Report on vaccination in Madras 1922-1929 - 1922-1929
Year: 1922
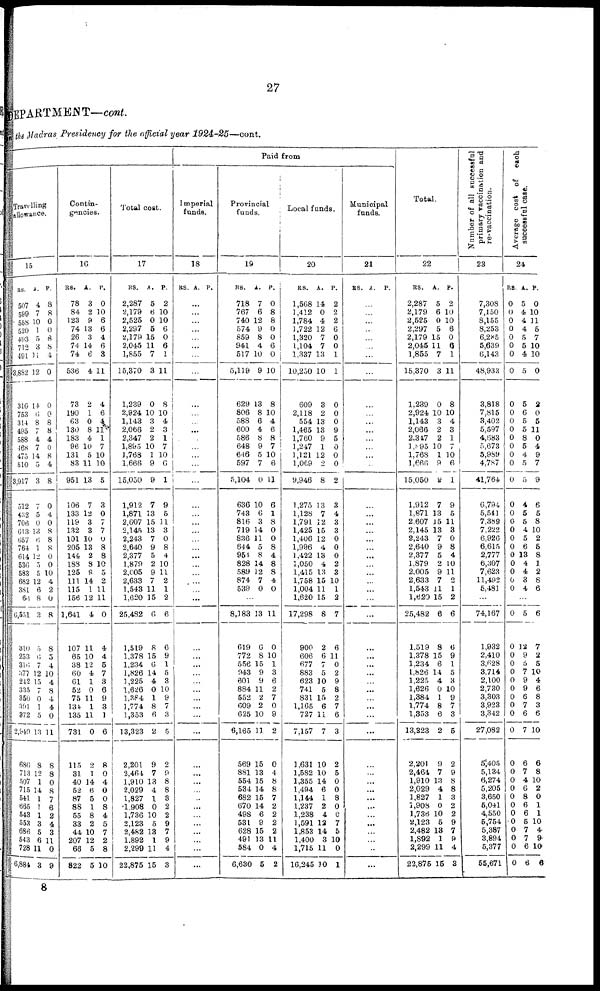
27
DEPARTMENT—cont.
in the Madras Presidency for the official year 1924-25—cont.
Travelling
allowance.
15
RS.
507
599
558
520
493
712
491
3,882
310
753
314
495
588
468
475
510
3,917
512
432
706
613
657
764
614
536
583
682
381
66
6,551
310
253
316
377
242
335
350
391
372
2949
680
713
507
715
541
665
543
553
686
543
728
6,884
A.
4
7
10
1
5
3
11
12
14
6
8
7
4
7
14
5
3
7
5
0
13
6
1
12
5
5
12
6
8
3
5
6
7
12
15
7
0
1
5
13
8
12
1
14
1
1
1
3
5
6
11
3
P.
8
8
0
0
8
8
4
0
0
0
8
8
4
0
8
4
8
0
4
0
8
8
8
0
0
10
4
2
0
8
8
5
4
10
4
8
4
4
0
11
8
8
0
8
7
6
2
4
3
11
0
9
Contin-
gencies.
16
RS.
78
84
123
74
26
74
74
538
73
190
63
130
183
96
131
83
951
106
133
119
132
101
205
144
188
125
111
115
156
1,641
107
65
38
60
61
52
75
134
135
731
115
31
40
52
87
88
55
33
44
207
66
822
A.
3
2
9
13
3
14
6
4
2
1
0
8
4
10
5
11
13
7
12
3
3
10
13
2
8
9
14
1
12
4
11
10
12
4
1
0
11
1
11
0
2
1
14
6
5
1
8
2
10
12
5
5
P.
0
10
6
6
4
6
3
11
4
6
1
11
1
7
10
10
5
3
0
7
7
0
8
8
10
5
2
11
11
0
4
4
5
7
3
6
9
3
1
6
8
0
4
0
0
8
4
5
7
2
8
10
Total cost.
17
RS.
2,287
2,179
2,525
2,297
2,179
2,045
1,855
15,370
1,239
2,924
1,143
2,068
2,347
1,895
1,768
1,666
15,050
1,912
1,871
2,607
2,145
2,243
2,640
2,377
1,879
2,006
2,633
1,543
1,620
25,482
1,519
1,378
1,234
1,826
1,225
1,626
1,384
1,774
1,353
13,323
2,201
2,464
1,910
2,029
1,827
1,908
1,736
2,123
2,482
1,892
2,299
22,875
A.
5
6
0
5
15
11
7
3
0
10
3
2
2
10
1
9
9
7
13
15
13
7
9
5
2
9
7
11
15
0
8
15
6
14
4
0
1
8
6
2
9
7
13
4
1
0
10
5
13
1
11
15
P.
2
10
10
6
0
6
1
11
8
10
4
3
1
7
10
6
1
9
5
11
3
0
8
4
10
11
2
1
2
6
6
9
1
5
3
10
9
7
3
5
2
9
8
8
3
2
2
9
7
9
4
3
Paid from
Imperial
funds.
18
RS. A. P.
...
...
…
...
…
...
…
…
…
…
…
...
…
…
...
…
…
…
…
…
…
…
…
...
…
…
…
…
...
…
…
...
...
…
…
…
...
…
…
...
…
...
...
…
...
...
…
…
...
…
…
...
Provincial
funds.
19
RS.
718
767
740
574
859
941
517
5,119
629
806
588
600
586
648
646
597
5,104
636
743
816
719
836
644
951
828
589
874
539
A.
7
6
12
9
8
4
10
9
13
8
6
4
8
9
5
7
0
10
6
3
14
11
5
8
14
12
7
0
P.
0
8
8
0
0
6
0
10
8
10
4
6
8
7
10
6
11
6
1
8
0
0
8
4
8
8
4
0
…
8,183
619
772
556
943
601
884
552
609
625
6,165
569
881
554
534
682
670
498
531
628
491
584
6,630
13
6
8
15
9
9
11
2
2
10
11
15
13
15
14
15
14
6
9
15
13
0
5
11
0
10
1
3
6
2
7
0
9
2
0
4
8
8
7
2
2
2
2
11
4
2
Local funds.
20
RS.
1,568
1,412
1,784
1,722
1,320
1,104
1,337
10,250
609
2,118
554
1,465
1,760
1,247
1,121
1,069
9,946
1,275
1,128
1,791
1,425
1,406
1,996
1,422
1,050
1,415
1,758
1,004
1,620
17,298
900
606
677
883
623
741
831
1,165
727
7,157
1,631
1,582
1,355
1,494
1,144
1,237
1,238
1,591
1,853
1,400
1,715
16,245
A.
14
0
4
12
7
7
13
10
3
2
13
13
9
1
12
2
8
13
7
12
15
12
4
13
4
13
15
11
15
8
2
6
7
5
10
5
15
6
11
7
10
10
14
6
1
2
4
12
14
3
11
10
P.
2
2
2
6
0
0
1
1
0
0
0
9
5
0
0
0
2
3
4
3
3
0
0
0
2
3
10
1
2
7
6
11
0
2
9
8
2
7
6
3
2
5
0
0
8
0
0
7
5
10
0
1
Municipal
funds.
21
RS. A. P.
…
…
…
…
…
…
…
…
…
…
...
…
…
…
...
…
…
…
...
…
...
...
…
...
…
…
…
…
…
...
…
...
...
...
…
...
…
...
…
...
…
…
…
...
...
...
…
...
…
…
…
...
Total.
22
RS.
2,287
2,179
2,525
2,297
2,179
2,045
1,855
15,370
1,239
2,924
1,143
2,066
2,347
1,895
1,768
1,666
15,050
1,912
1,871
2,607
2,145
2,243
2,640
2,377
1,879
2,005
2,633
1,543
1,620
25,482
1,519
1,378
1,234
1,826
1,225
1,626
1,384
1,774
1,353
13,323
2,201
2,464
1,910
2,029
1,827
1,908
1,736
2,123
2,482
1,892
2,299
22,875
A.
5
6
0
5
15
11
7
3
0
10
3
2
2
10
1
9
9
7
13
15
13
7
9
5
2
9
7
11
15
6
8
15
6
14
4
0
1
8
6
2
9
7
13
4
1
0
10
5
13
1
11
15
P.
2
10
10
6
0
6
1
11
8
10
4
3
1
7
10
6
1
9
5
11
3
0
8
4
10
11
2
1
2
6
6
9
1
5
3
10
9
7
3
5
2
9
8
8
3
2
2
9
7
9
4
3
Number of all successful
primary vaccination and
re-vaccination.
23
7,308
7,150
8,155
8,253
6,285
5,639
6,143
48,933
3,818
7,815
3,402
5,597
4,683
5,673
5,989
4,787
41,764
6,794
5,541
7,389
7,222
6,926
6,615
2,777
6,307
7,623
11,492
5,481
...
74,167
1,932
2,410
3,628
3,714
2,100
2,730
3,303
3,923
3,342
27,082
5,405
5,134
6,274
5,205
3,650
5,041
4,550
5,754
5,387
3,894
5,377
55,671
Average cost of each
successful case.
24
RS.
0
0
0
0
0
0
0
0
0
0
0
0
0
0
0
0
0
0
0
0
0
0
0
0
0
0
0
0
A.
5
4
4
4
5
5
4
5
5
6
5
5
8
5
4
5
5
4
5
5
4
5
6
13
4
4
3
4
P.
0
10
11
5
7
10
10
0
2
0
5
11
0
4
9
7
9
6
5
8
10
2
5
8
1
2
8
6
…
0
0
0
0
0
0
0
0
0
0
0
0
0
0
0
0
0
0
0
0
0
0
0
5
12
9
5
7
9
9
6
7
6
7
6
7
4
6
8
6
6
5
7
7
6
6
6
7
2
5
10
4
6
8
3
6
10
6
8
10
2
0
1
1
10
4
9
10
6
8